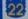
22